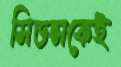
সিডন্সকেই